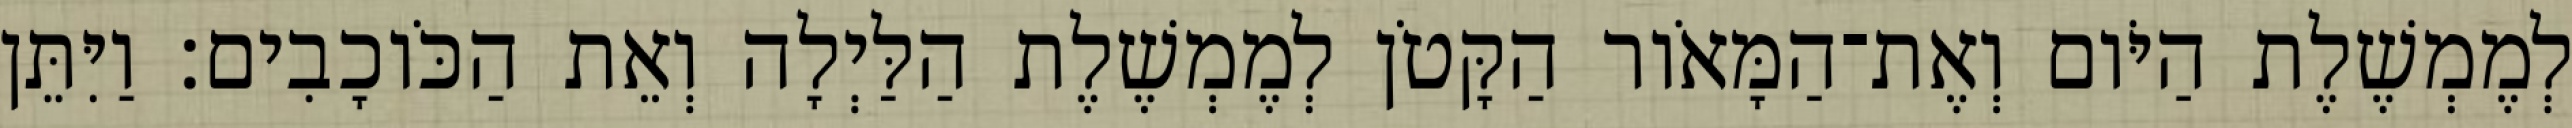
לְמֶמְשֶׁלֶת הַיֹּום וְאֶת־הַמָּאֹור הַקָּטֹן לְמֶמְשֶׁלֶת הַלַּיְלָה וְאֵת הַכֹּוכָבִים׃ וַיִּתֵּן